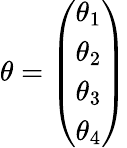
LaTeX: \theta=\left(\begin{array}{c}{{\theta_{1}}}\\ {{\theta_{2}}}\\ {{\theta_{3}}}\\ {{\theta_{4}}}\end{array}\right)